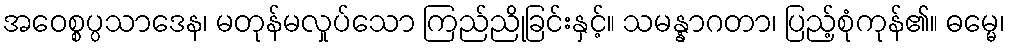
အဝေစ္စပ္ပသာဒေန၊ မတုန်မလှုပ်သော ကြည်ညိုခြင်းနှင့်။ သမန္နာဂတာ၊ ပြည့်စုံကုန်၏။ ဓမ္မေ၊